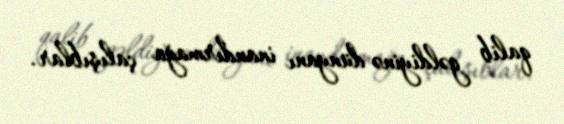
qalib gəldiyinə dünyanı inandırmağa çalışıblar.